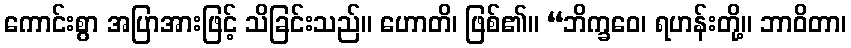
ကောင်းစွာ အပြာအားဖြင့် သိခြင်းသည်။ ဟောတိ၊ ဖြစ်၏။ “ဘိက္ခဝေ၊ ရဟန်းတို့။ ဘာဝိတာ၊